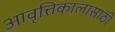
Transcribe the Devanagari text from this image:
आवृत्तिकालासाठी